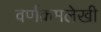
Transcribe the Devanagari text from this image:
वर्णक्रमलेखी